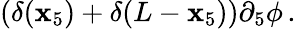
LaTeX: (\delta(\mathbf{x}_{5})+\delta(L-\mathbf{x}_{5}))\partial_{5}\phi\, .